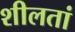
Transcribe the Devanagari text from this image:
शीलतां